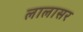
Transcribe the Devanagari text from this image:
लालासर